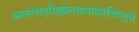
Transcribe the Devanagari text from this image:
अस्तंगतेगुरौशुक्रेतथामासेमलिम्लुचे